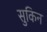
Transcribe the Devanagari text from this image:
सुकिन